65_HS1-834228961_62-HQ-83894_Serial_130
Agency: FBI
Page 73
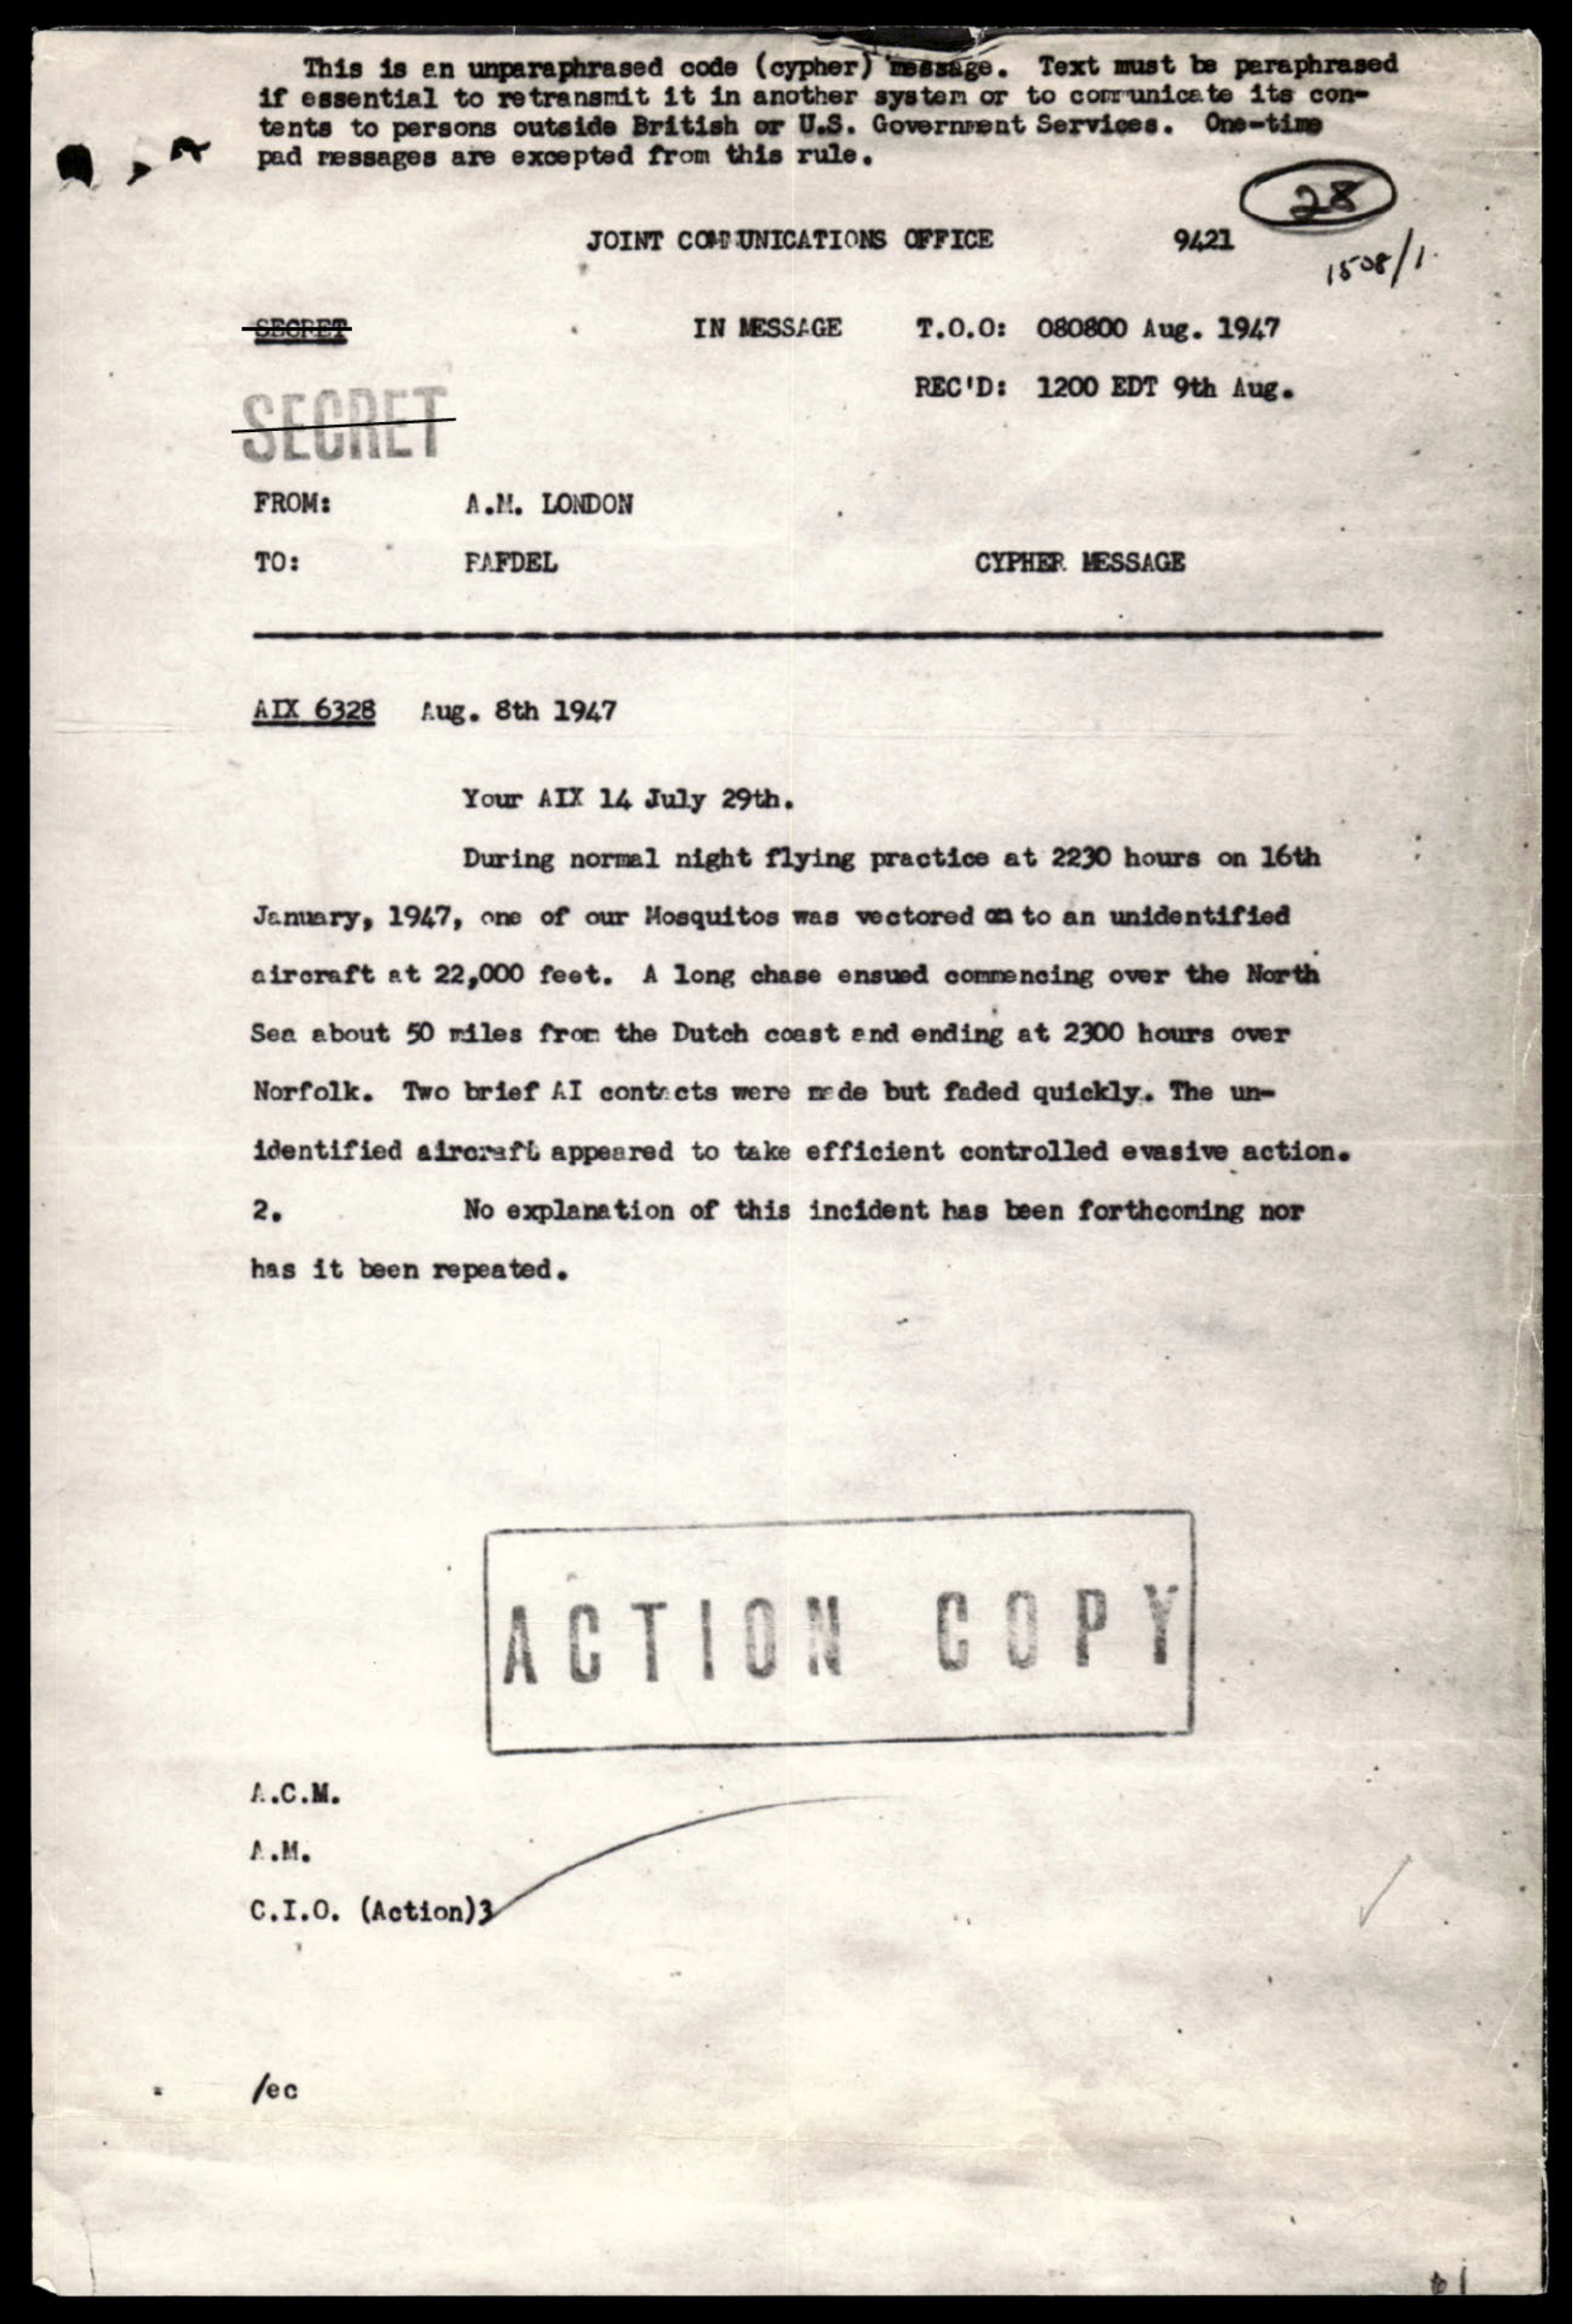